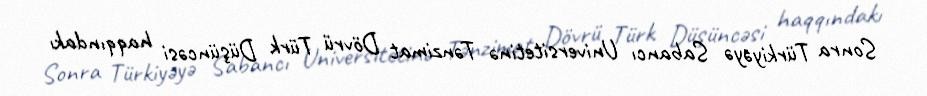
Sonra Türkiyəyə Sabancı Universitetinə Tənzimat Dövrü Türk Düşüncəsi haqqındakı